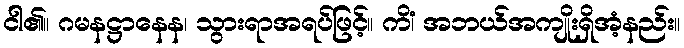
ငါ၏။ ဂမနဋ္ဌာနေန၊ သွားရာအရပ်ဖြင့်။ ကိံ၊ အဘယ်အကျိုးရှိအံ့နည်း။